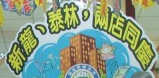
新龙、泰林，两店同庆